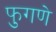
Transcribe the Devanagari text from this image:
फुगणे